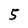
Character: 5